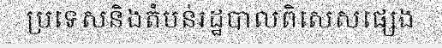
ប្រទេសនិងតំបន់រដ្ឋបាលពិសេសផ្សេង